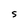
Character: 5